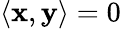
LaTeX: \langle\mathbf{x},\mathbf{y}\rangle=0